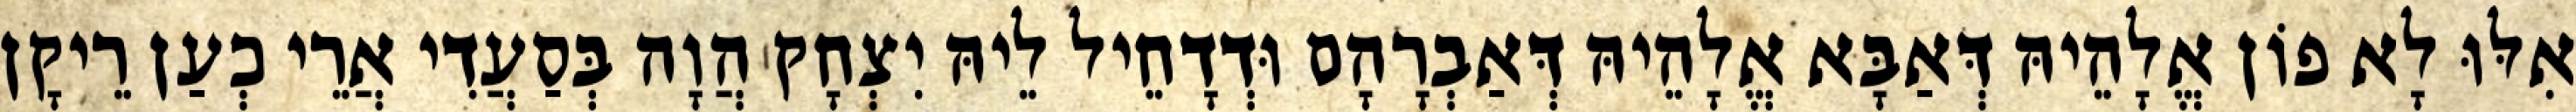
אִלּוּ לָא פוֹן אֱלָהֵיהּ דְּאַבָּא אֱלָהֵיהּ דְּאַבְרָהָם וּדְדָחֵיל לֵיהּ יִצְחָק הֲוָה בְּסַעֲדִי אֲרֵי כְעַן רֵיקָן